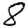
Digit: 8